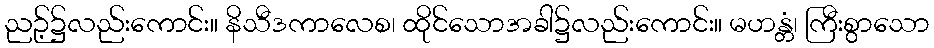
ညဉ့်၌လည်းကောင်း။ နိသီဒကာလေစ၊ ထိုင်သောအခါ၌လည်းကောင်း။ မဟန္တံ၊ ကြီးစွာသော